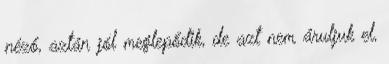
néző, aztán jól meglepődik, de azt nem áruljuk el,